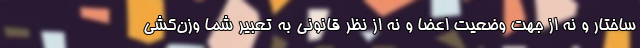
ساختار و نه از جهت وضعیت اعضا و نه از نظر قانونی به تعبیر شما وزن‌کشی